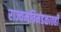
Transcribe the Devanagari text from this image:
राज्यमंत्रिमंडळातही